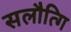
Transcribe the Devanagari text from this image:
सलौत्गि